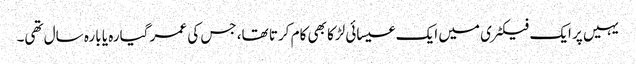
یہیں پر ایک فیکٹری میں ایک عیسائی لڑکا بھی کام کرتا تھا، جس کی عمر گیارہ یا بارہ سال تھی۔